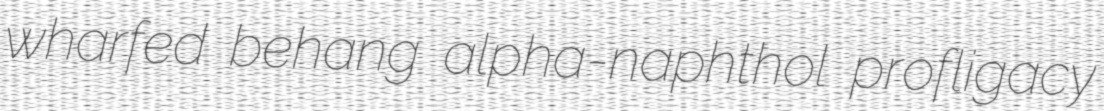
wharfed behang alpha-naphthol profligacy